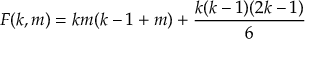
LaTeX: F ( k , m ) = k m ( k - 1 + m ) + { \frac { k ( k - 1 ) ( 2 k - 1 ) } { 6 } }